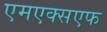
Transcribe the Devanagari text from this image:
एमएक्सएफ